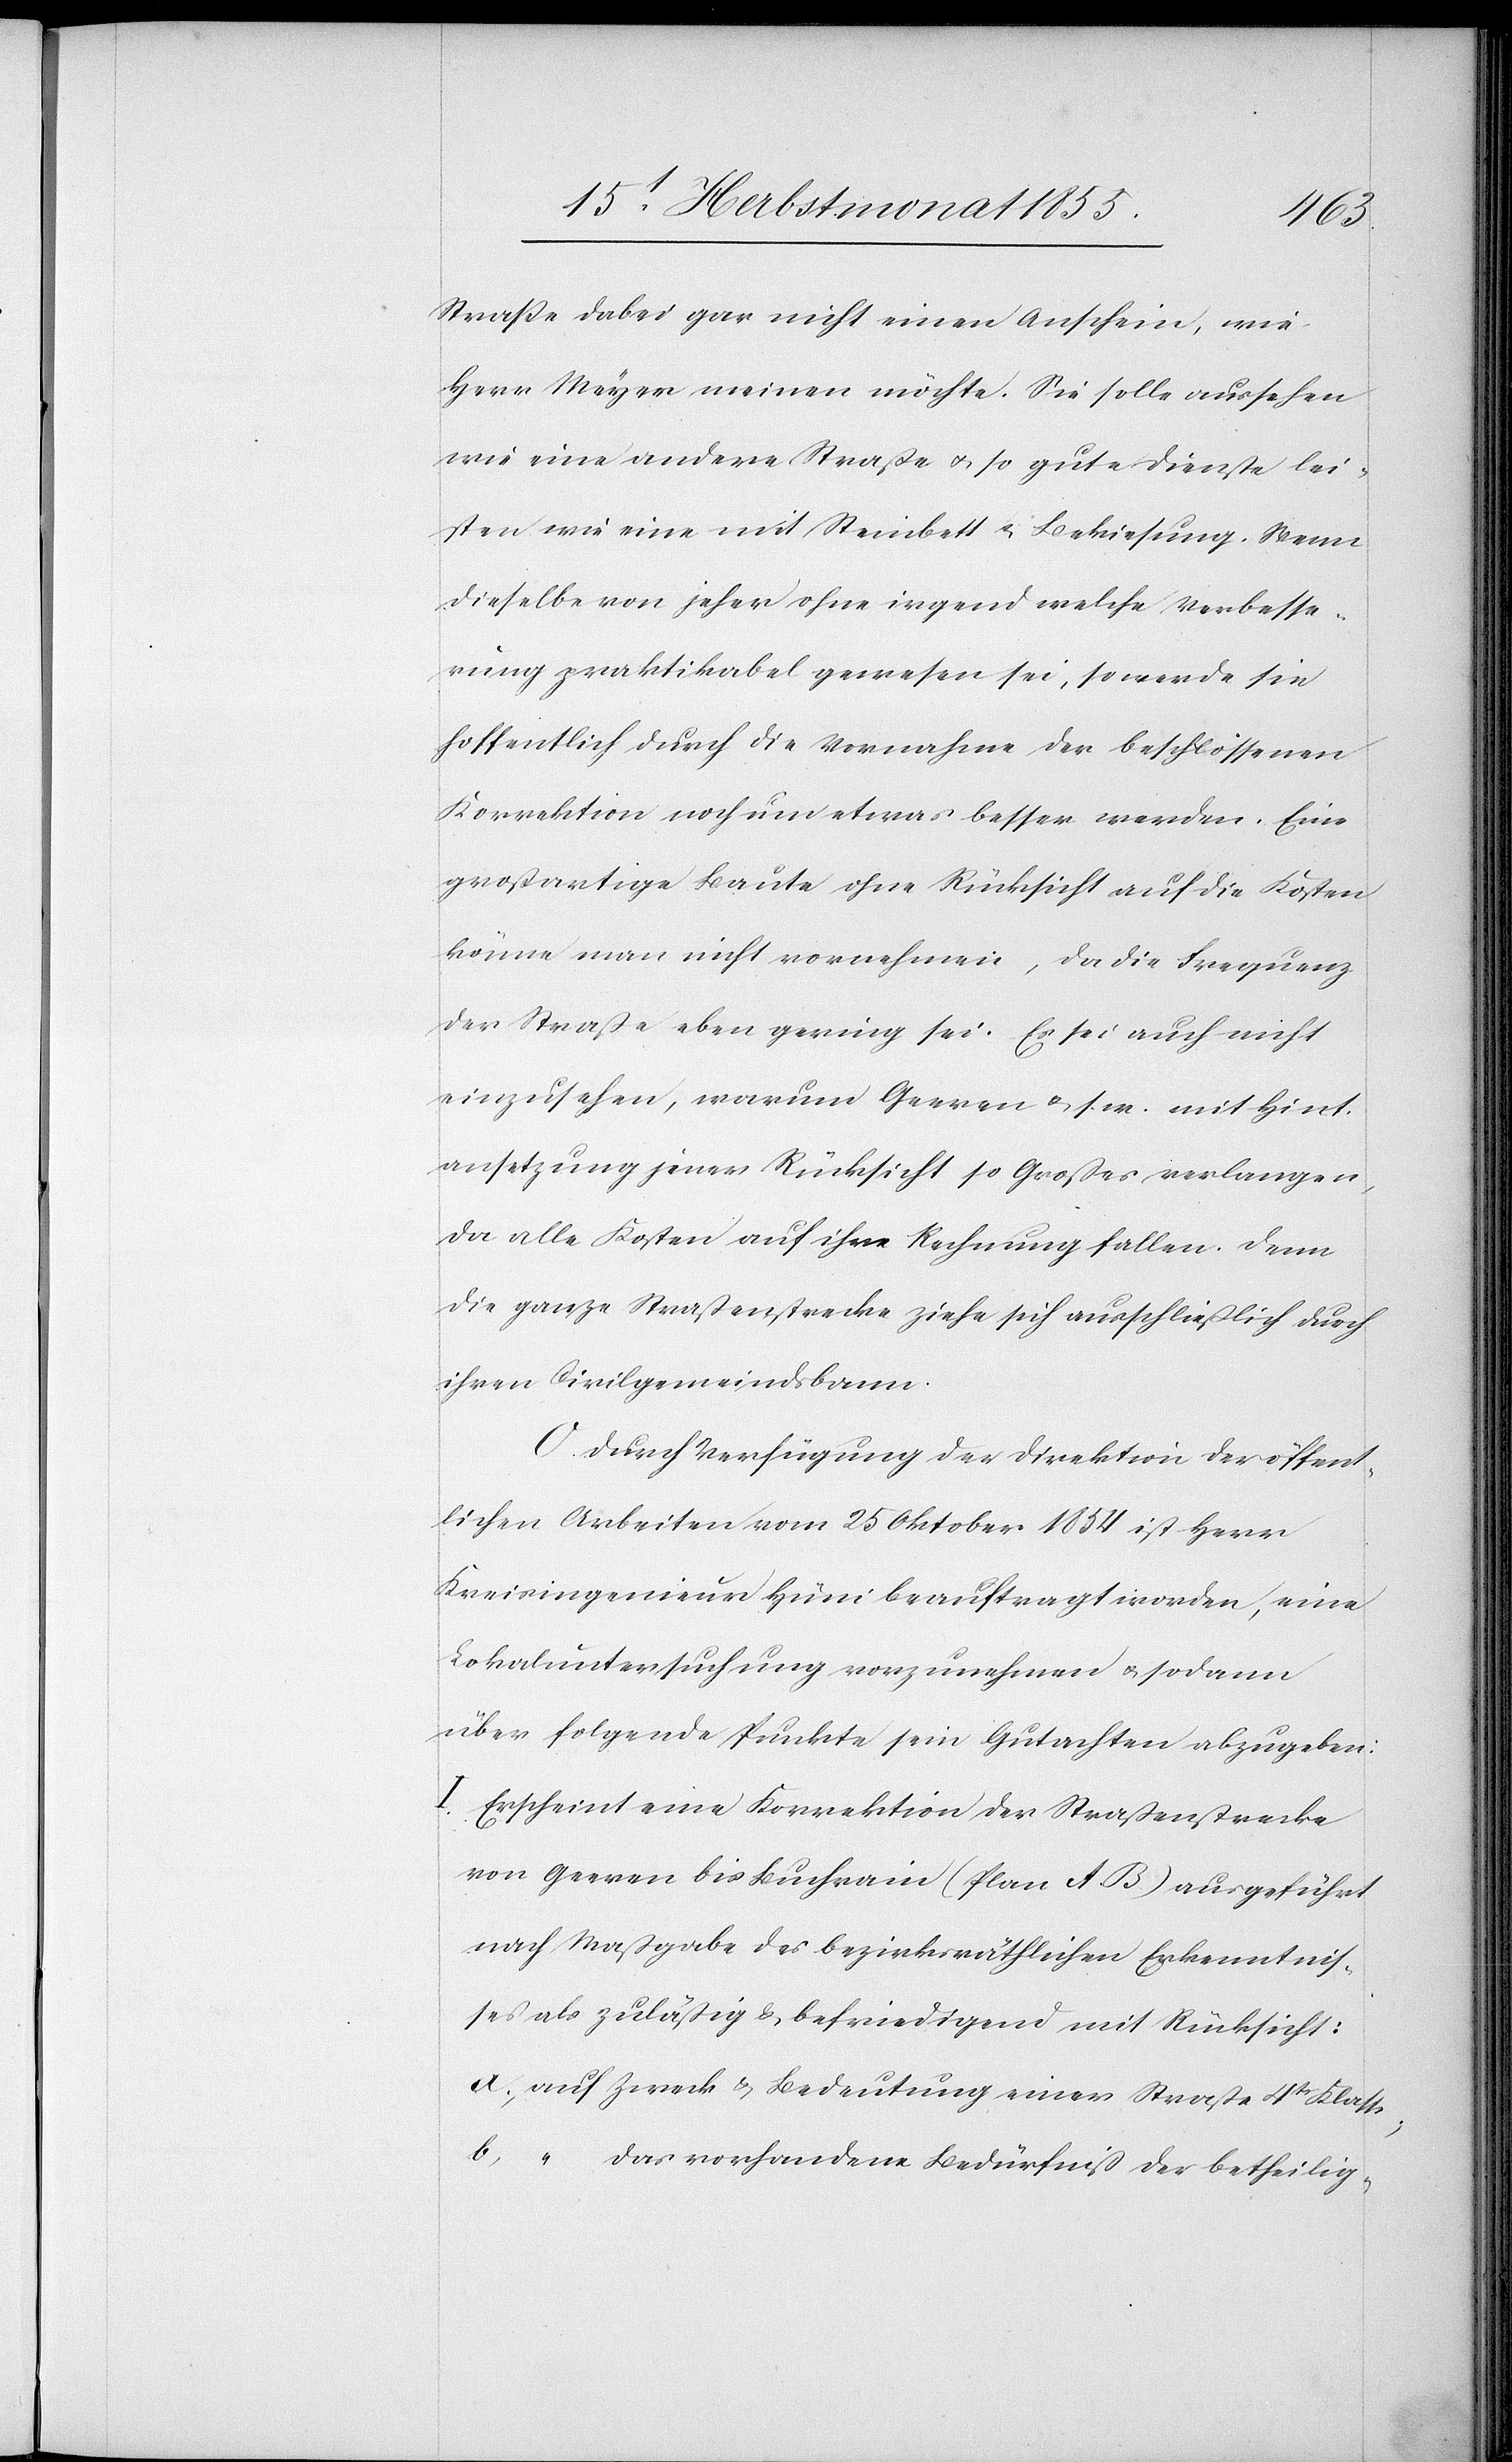
Straße dabei gar nicht einen Anschein, wie
Herr Meyer meinen möchte. Sie solle aussehen
wie eine andere Straße & so gute Dienste lei¬
sten wie eine mit Steinbett & Bekiesung. Wenn
dieselbe von jeher ohne irgend welche Verbesse¬
rung praktikabel gewesen sei, so werde sie
hoffentlich durch die Vornahme der beschlossenen
Korrektion noch um etwas besser werden. Eine
großartige Baute ohne Rücksicht auf die Kosten
könne man nicht vornehmen, da die Frequenz
der Straße eben gering sei. Es sei auch nicht
einzusehen, warum Geeren & s. w. mit Hint¬
ansetzung jener Rücksicht so Großes verlangen,
da alle Kosten auf ihre Rechnung fallen. Denn
die ganze Straßenstrecke ziehe sich ausschließlich durch
ihren Civilgemeindsbann.
O. Durch Verfügung der Direktion der öffent¬
lichen Arbeiten vom 25 Oktober 1854 ist Herr
Kreisingenieur Hüni beauftragt worden, eine
Lokaluntersuchung vorzunehmen & sodann
über folgende Punkte sein Gutachten abzugeben:
Erscheint eine Korrektion der Straßenstrecke
von Geeren bis Buchrain (Plan A. B) ausgeführt
nach Maßgabe des bezirksräthlichen Erkenntnis¬
ses als zuläßig & befriedigend mit Rücksicht:
a, auf Zweck & Bedeutung einer Straße 4tr Klasse;
b, “ das vorhandene Bedürfniß der betheilig-